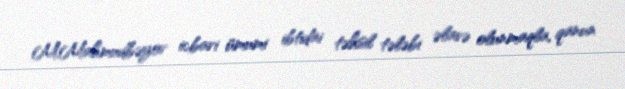
M.Mahmudbəyov icbari ümumi ibtidai təhsil tələbi əlavə olunmaqla, qanun